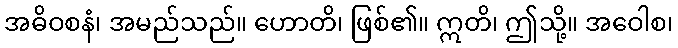
အဓိဝစနံ၊ အမည်သည်။ ဟောတိ၊ ဖြစ်၏။ ဣတိ၊ ဤသို့။ အဝေါစ၊